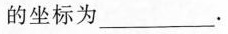
的坐标为___.